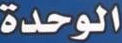
الوحدة